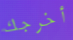
أخرجك